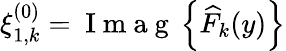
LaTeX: \xi_{1,k}^{(0)}=\mathrm{~I~m~a~g~}\left\{ \widehat{F}_{k}(y)\right\}